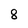
Character: 8